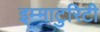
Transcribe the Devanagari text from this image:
इम्माटुरिटी